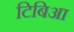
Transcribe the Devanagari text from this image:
टिबिआ